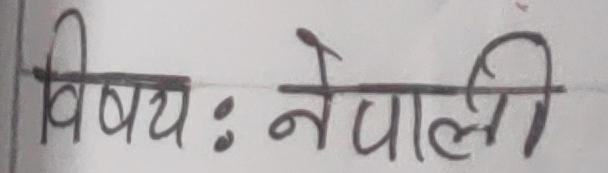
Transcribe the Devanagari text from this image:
विषयः नेपाली